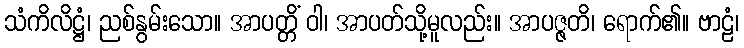
သံကိလိဋ္ဌံ၊ ညစ်နွမ်းသော။ အာပတ္တိံ ဝါ၊ အာပတ်သို့မူလည်း။ အာပဇ္ဇတိ၊ ရောက်၏။ ဗာဠံ၊